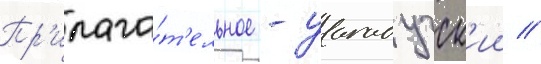
Пр'илага́т'ельное - уагадугск'ии //